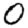
Digit: 0